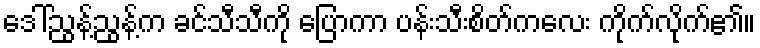
ဒေါ်ညွန့်ညွန့်က ခင်သီသီကို ပြောကာ ပန်းသီးစိတ်ကလေး ကိုက်လိုက်၏။